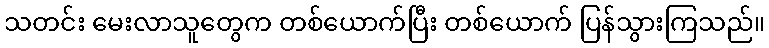
သတင်း မေးလာသူတွေက တစ်ယောက်ပြီး တစ်ယောက် ပြန်သွားကြသည်။